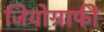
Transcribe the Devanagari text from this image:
जियोग्राफी